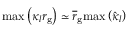
\mathrm { m a x } \left( \kappa _ { l } r _ { \mathrm { g } } \right) \simeq \overline { r } _ { \mathrm { g } } \mathrm { m a x } \left( \hat { \kappa } _ { l } \right)